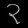
Digit: ၃